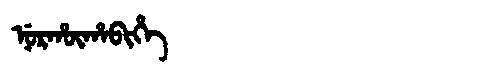
Manchu: ᠨᡠᡵᡥᡡᡥᠠᠪᡳᡥᡝ
Romanization: NURHŪHABIHE